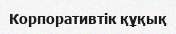
Корпоративтік құқық